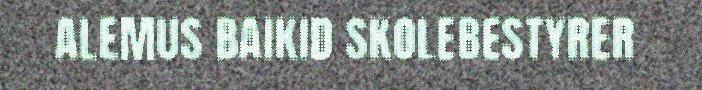
ALEMUS BAIKID SKOLEBESTYRER